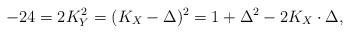
LaTeX: \begin{align*}-24=2K_Y^2=(K_X-\Delta)^2=1+\Delta^2-2K_X\cdot \Delta,\end{align*}